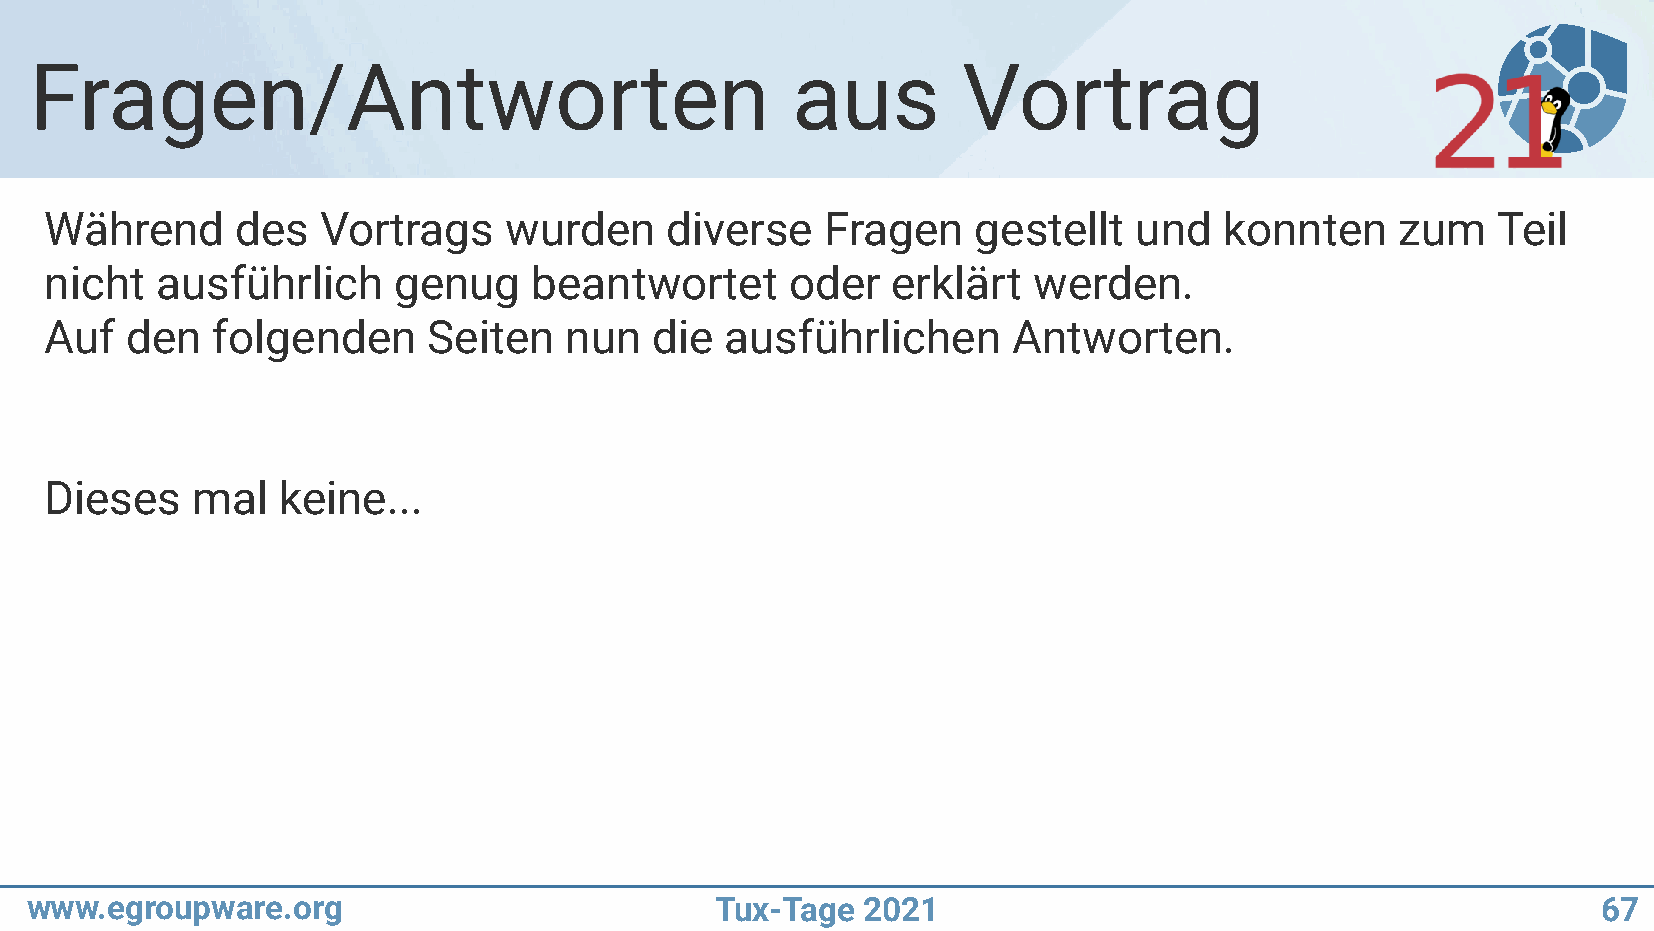
Fragen/Antworten                                  aus         Vortrag
 Während      des  Vortrags    wurden     diverse    Fragen    gestellt  und   konnten     zum   Teil
 nicht  ausführlich     genug    beantwortet      oder   erklärt  werden.
 Auf  den   folgenden     Seiten   nun   die  ausführlichen      Antworten.
 Dieses    mal  keine...
 www.egroupware.org                           Tux-Tage  2021                                             67